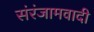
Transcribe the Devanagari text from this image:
संरंजामवादी